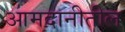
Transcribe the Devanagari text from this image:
आमदानीतील